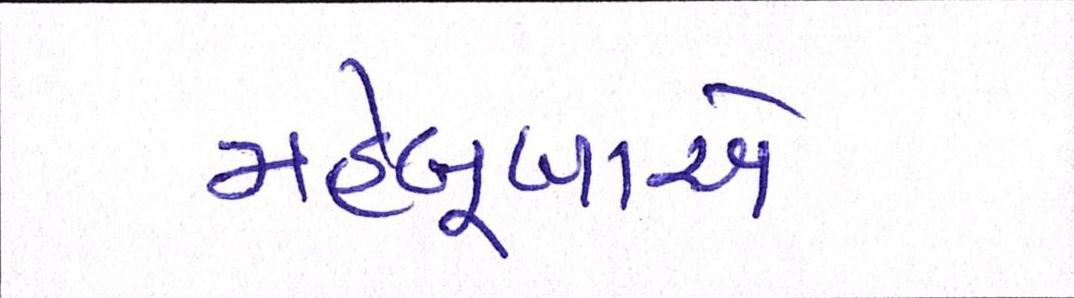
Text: મહેબૂબાએ